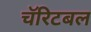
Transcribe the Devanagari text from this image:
चॅरिटबल